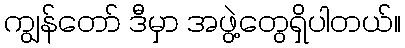
ကျွန်တော် ဒီမှာ အဖွဲ့တွေရှိပါတယ်။